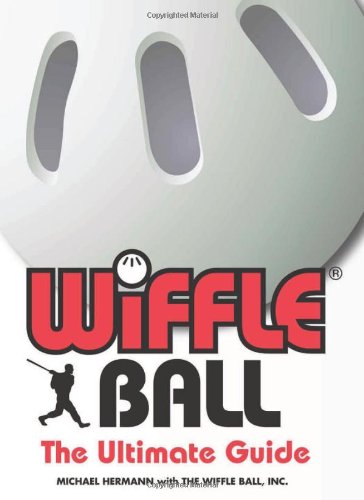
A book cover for WiffleÂ® Ball: The Ultimate Guide; Michael Hermann; Sports & Outdoors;